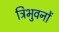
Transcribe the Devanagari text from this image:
त्रिभुवनों